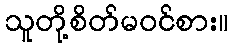
သူတို့စိတ်မဝင်စား။